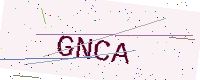
Text: GNCA